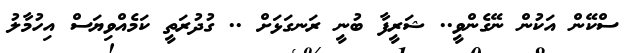
ސްކޭން އަކުން ނޭގެންވީ.. ޝަރީފާ ބުނީ ރަނގަޅަށް .. ގުދުރަތީ ކަމެއްވިޔަސް އިހުމާލު